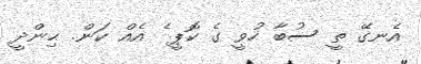
އެނގޭ ތީ ސުބާ ހުވީ ގެ ކޮޕީ ެ އެއް ކަން. ޙިންދީ